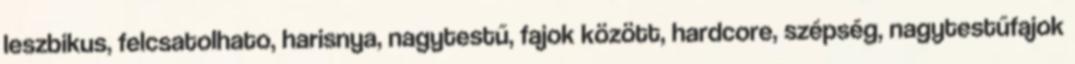
leszbikus, felcsatolhato, harisnya, nagytestű, fajok között, hardcore, szépség, nagytestűfajok